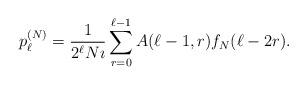
LaTeX: \begin{align*}p_{\ell}^{(N)} = \frac{1}{2^{\ell} N \imath } \sum_{r=0}^{\ell -1} A(\ell-1,r) f_{N}(\ell-2r).\end{align*}